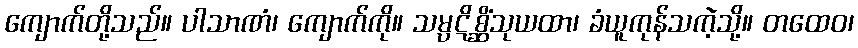
ကျောက်တို့သည်။ ပါသာဏံ၊ ကျောက်ကို။ သမ္ပဋိစ္ဆိံသုယထာ၊ ခံယူကုန်သကဲ့သို့။ တထေဝ၊